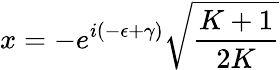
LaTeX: x=-e^{i(-\epsilon+\gamma)}\sqrt{\frac{K+1}{2K}}